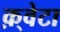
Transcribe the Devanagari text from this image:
क़्वेटा